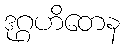
ဒုဂ္ဂဟိတေန